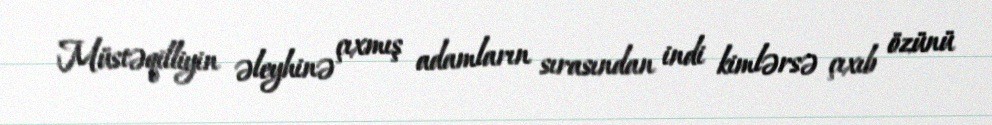
Müstəqilliyin əleyhinə çıxmış adamların sırasından indi kimlərsə çıxıb özünü